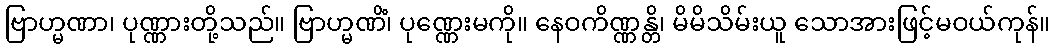
ဗြာဟ္မဏာ၊ ပုဏ္ဏားတို့သည်။ ဗြာဟ္မဏိံ၊ ပုဏ္ဏေးမကို။ နေဝကိဏ္ဏန္တိ၊ မိမိသိမ်းယူ သောအားဖြင့်မဝယ်ကုန်။